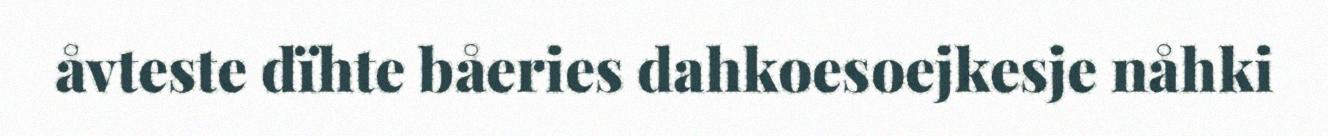
åvteste dïhte båeries dahkoesoejkesje nåhki